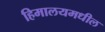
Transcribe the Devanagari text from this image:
हिमालयमधील